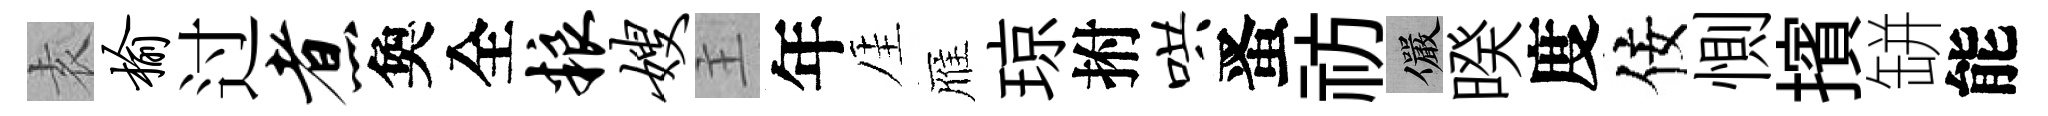
𡊮榆过煮奐全粮嫂主年厓雁琼拊哄󱉠祊儼暌度佞惻擯缾能